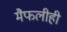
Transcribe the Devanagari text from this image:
मैफलीही